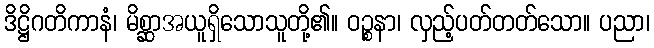
ဒိဋ္ဌိဂတိကာနံ၊ မိစ္ဆာအယူရှိသောသူတို့၏။ ဝဉ္စနာ၊ လှည့်ပတ်တတ်သော။ ပညာ၊